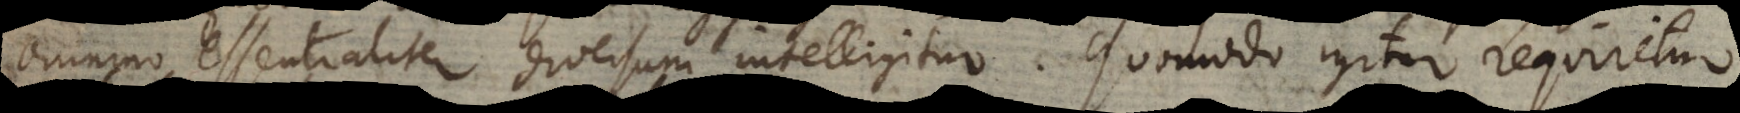
omnino essentialiter diversum intelligitur. Quomodo igitur requiritur